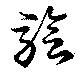
験